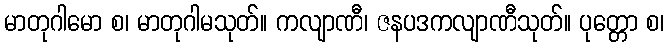
မာတုဂါမော စ၊ မာတုဂါမသုတ်။ ကလျာဏီ၊ ဇနပဒကလျာဏီသုတ်။ ပုတ္တော စ၊